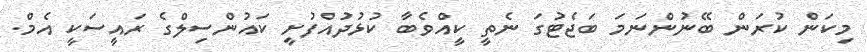
މިކަން ކުރަން ބޭނުންނަމަ ބަޖެޓުގަ ނެތީ ކީއްވެބާ ކުޅުދުއްފުށީ ކައުންސިލްގެ ރައީސަކީ އެމް.